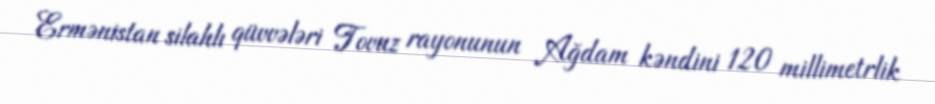
Ermənistan silahlı qüvvələri Tovuz rayonunun Ağdam kəndini 120 millimetrlik